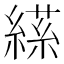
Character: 𦃝